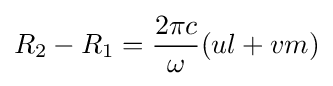
R_{2}-R_{1}={\frac {2\pi c}{\omega }}(ul+vm)